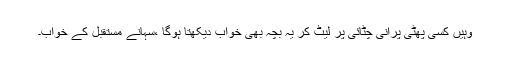
وہیں کسی پھٹی پرانی چٹائی پر لیٹ کر یہ بچّہ بھی خواب دیکھتا ہوگا ،سُہانے مستقبل کے خواب۔